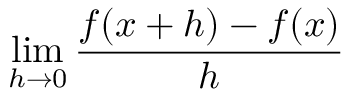
\operatorname* { l i m } _ { h \to 0 } { \frac { f ( x + h ) - f ( x ) } { h } }